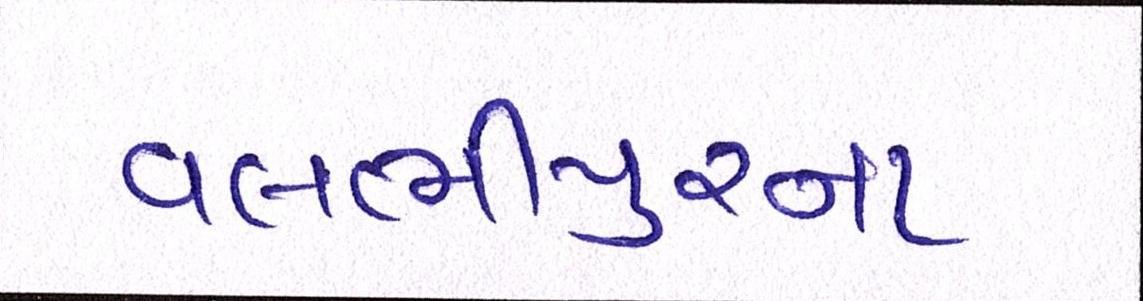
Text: વલભીપુરના